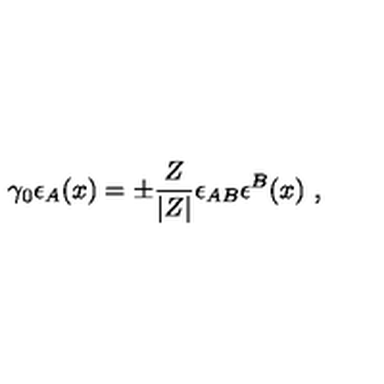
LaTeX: \gamma _ { 0 } \epsilon _ { A } ( x ) = \pm \frac { Z } { | Z | } \epsilon _ { A B } \epsilon ^ { B } ( x ) \ ,